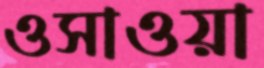
ওসাওয়া